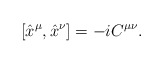
\begin{align*}[\hat{x}^\mu ,\hat{x}^\nu ]=-iC^{\mu\nu}.\end{align*}